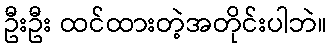
ဦးဦး ထင်ထားတဲ့အတိုင်းပါဘဲ။